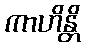
ကာဟိန္တိ